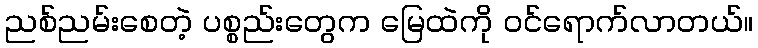
ညစ်ညမ်းစေတဲ့ ပစ္စည်းတွေက မြေထဲကို ဝင်ရောက်လာတယ်။